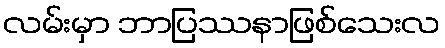
လမ်းမှာ ဘာပြဿနာဖြစ်သေးလ